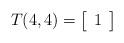
LaTeX: \begin{align*}T(4,4) & = \left[ \begin {array}{c} 1\end {array} \right] & \end{align*}